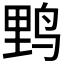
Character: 𮭧